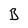
Character: B